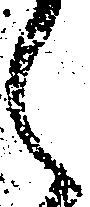
く